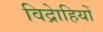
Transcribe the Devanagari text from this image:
विद्राेहियों